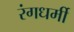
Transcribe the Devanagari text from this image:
रंगधर्मी